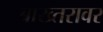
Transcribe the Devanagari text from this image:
बाख्तरावर